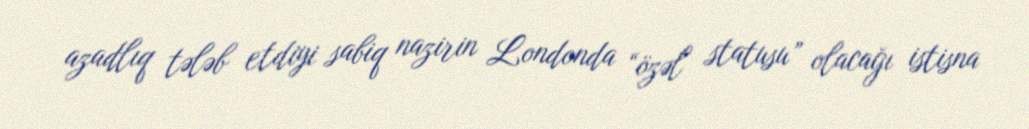
azadlıq tələb etdiyi sabiq nazirin Londonda “özəl statusu” olacağı istisna